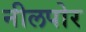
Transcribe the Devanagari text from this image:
नीलपोर